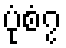
ပုံစံ၇